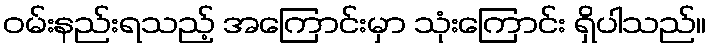
ဝမ်းနည်းရသည့် အကြောင်းမှာ သုံးကြောင်း ရှိပါသည်။